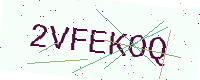
Text: 2VFEKOQ